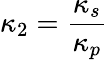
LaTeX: \kappa_{2}=\frac{\kappa_{s}}{\kappa_{p}}